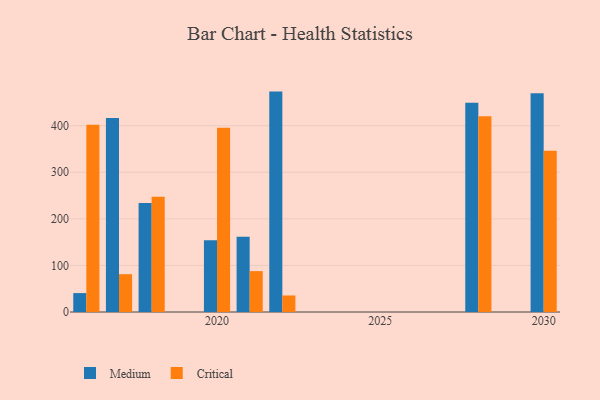
{"axis": {"x": "Year", "y": "LTV (USD)"}, "legend": ["Critical", "Medium"], "data": [{"x": "2016", "y": 40.6, "type": "Medium"}, {"x": "2016", "y": 402.1, "type": "Critical"}, {"x": "2021", "y": 161.4, "type": "Medium"}, {"x": "2021", "y": 87.8, "type": "Critical"}, {"x": "2028", "y": 449.4, "type": "Medium"}, {"x": "2028", "y": 420.3, "type": "Critical"}, {"x": "2018", "y": 233.9, "type": "Medium"}, {"x": "2018", "y": 247.4, "type": "Critical"}, {"x": "2020", "y": 153.8, "type": "Medium"}, {"x": "2020", "y": 395.4, "type": "Critical"}, {"x": "2017", "y": 416.5, "type": "Medium"}, {"x": "2017", "y": 81.2, "type": "Critical"}, {"x": "2030", "y": 469.8, "type": "Medium"}, {"x": "2030", "y": 346.3, "type": "Critical"}, {"x": "2022", "y": 473.2, "type": "Medium"}, {"x": "2022", "y": 35.5, "type": "Critical"}]}